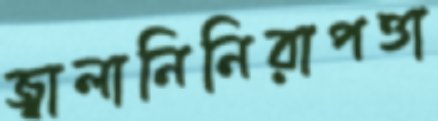
জ্বালানিনিরাপত্তা